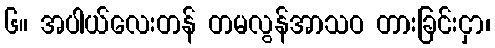
၆။ အပါယ်လေးတန် တမလွန်အာသဝ တားခြင်းငှာ၊